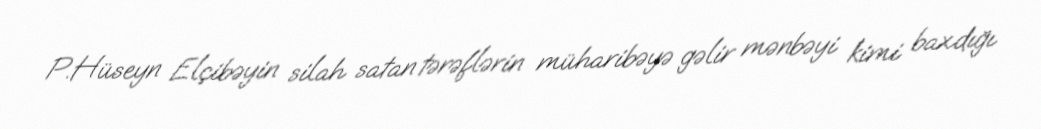
P.Hüseyn Elçibəyin silah satan tərəflərin müharibəyə gəlir mənbəyi kimi baxdığı